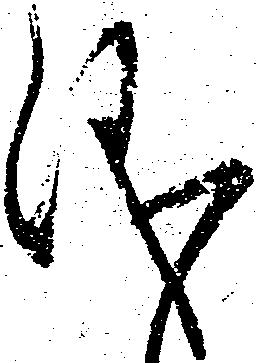
儀